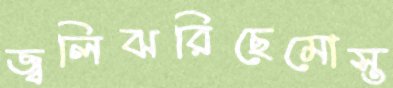
জ্বলিঝরিছেমোস্ত